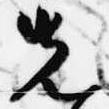
先